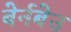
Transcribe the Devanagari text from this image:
बेर्नबेउ